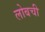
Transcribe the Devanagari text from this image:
लोबची